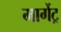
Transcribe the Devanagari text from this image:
मार्गेट्र